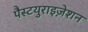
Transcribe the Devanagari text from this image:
पैस्टयुराइज़ेशन